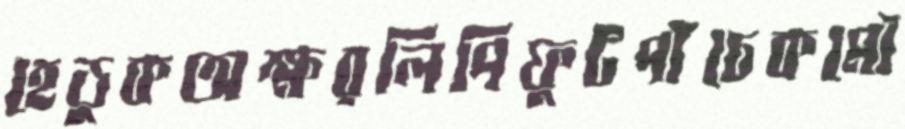
হেডুকঅক্ষরলিপিফুটপাঁচেকমৌ